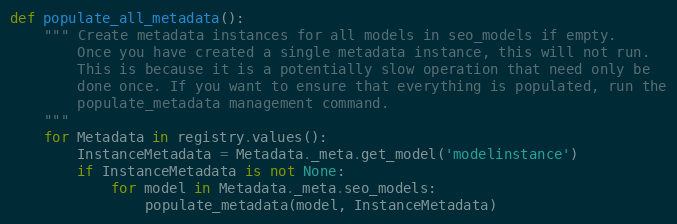
Language: Python
def populate_all_metadata():
    """ Create metadata instances for all models in seo_models if empty.
        Once you have created a single metadata instance, this will not run.
        This is because it is a potentially slow operation that need only be
        done once. If you want to ensure that everything is populated, run the
        populate_metadata management command.
    """
    for Metadata in registry.values():
        InstanceMetadata = Metadata._meta.get_model('modelinstance')
        if InstanceMetadata is not None:
            for model in Metadata._meta.seo_models:
                populate_metadata(model, InstanceMetadata)